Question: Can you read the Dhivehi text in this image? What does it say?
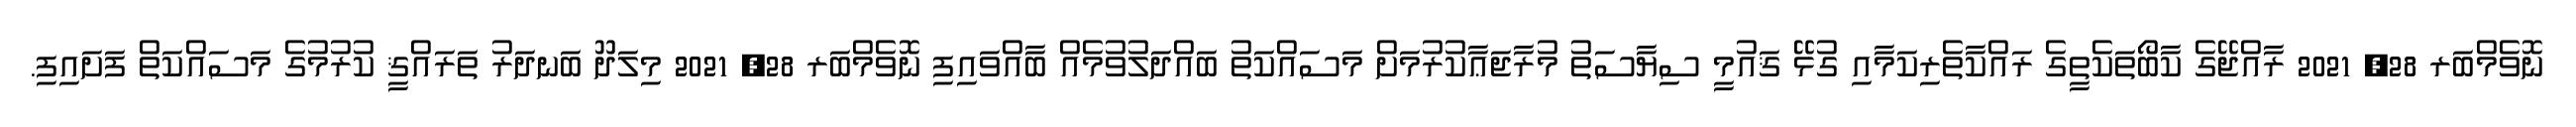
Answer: ނޮވެމްބަރ 28, 2021 ރާއްޖޭގެ ކާބޯތަކެތީގެ ރައްކާތެރިކަމާއި ގުޅޭ ޤައުމީ ސިޔާސަތު މުރާޖަޢާކުރުމަށް މަސައްކަތު ބައްދަލުވުމެއް ބާއްވައިފި ނޮވެމްބަރ 28, 2021 މިލަދޫ ބަނދަރު ތަރައްޤީ ކުރުމުގެ މަސައްކަތް ފަށައިފި.